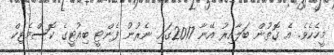
މީހެކެވެ. އެ ގޮތުން ބަލާއިރު އޭނާ 2017ގައި ނެރުނު ފެންޓީ ބިއުޓީގެ ކޮސްމެޓިކް